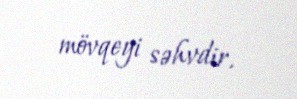
mövqeyi səhvdir.